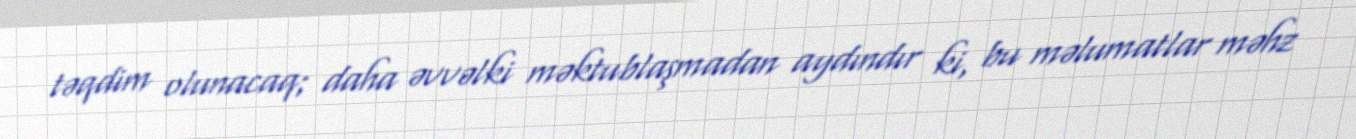
təqdim olunacaq; daha əvvəlki məktublaşmadan aydındır ki, bu məlumatlar məhz